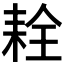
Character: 𦓰